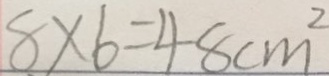
8 \times 6 = 4 8 c m ^ { 2 }